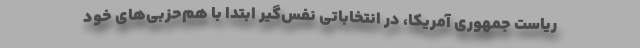
ریاست جمهوری آمریکا، در انتخاباتی نفس‌گیر ابتدا با هم‌حزبی‌های خود